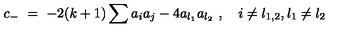
c _ { - } \ = \ - 2 ( k + 1 ) \sum a _ { i } a _ { j } - 4 a _ { l _ { 1 } } a _ { l _ { 2 } } \ , \quad i \ne l _ { 1 , 2 } , l _ { 1 } \ne l _ { 2 }